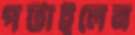
পটাইলেন